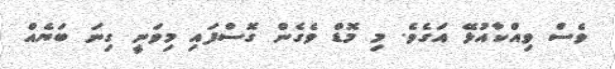
ވެސް ވިއްކާއުޅޭ އަގެވެ. މި މޮޑް ވެގެން ގޮސްފައި މިވަނީ ގިނަ ބަޔެއް